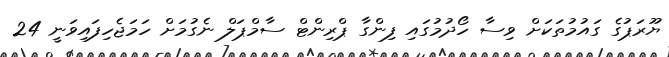
ޔޫރަޕުގެ ގައުމުތަކަށް ވިސާ ހޯދުމުގައި ފިންގާ ޕްރިންޓް ސާމްޕަލް ނެގުމަށް ހަމަޖެހިފައިވަނީ 24